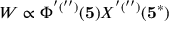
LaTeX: W \propto \Phi ^ { ' ( ^ { \prime \prime } ) } ( { \bf 5 } ) X ^ { ' ( ^ { \prime \prime } ) } ( { \bf 5 ^ { * } } )